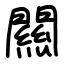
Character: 闗